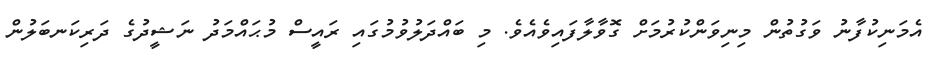
އެމަނިކުފާނު ވަގުތުން މިނިވަންކުރުމަށް ގޮވާލާފައިވެއެވެ. މި ބައްދަލުވުމުގައި ރައީސް މުޙައްމަދު ނަޝީދުގެ ދަރިކަނބަލުން